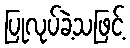
ပြုလုပ်ခဲ့သဖြင့်